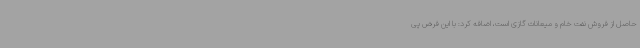
حاصل از فروش نفت خام و میعانات گازی است، اضافه کرد: با این فرض پی